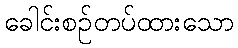
ခေါင်းစဉ်တပ်ထားသော